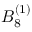
{ B } _ { 8 } ^ { ( 1 ) }